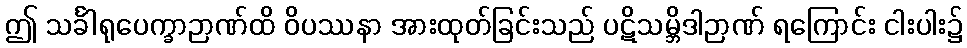
ဤ သင်္ခါရုပေက္ခာဉာဏ်ထိ ဝိပဿနာ အားထုတ်ခြင်းသည် ပဋိသမ္ဘိဒါဉာဏ် ရကြောင်း ငါးပါး၌